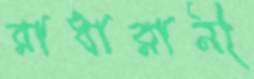
রাধারানী